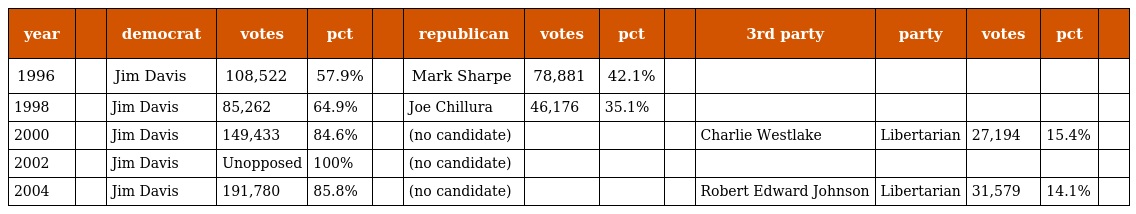
| year |  | democrat | votes | pct |  | republican | votes | pct |  | 3rd party | party | votes | pct |  |
 | --- | --- | --- | --- | --- | --- | --- | --- | --- | --- | --- | --- | --- | --- | --- |
 | 1996 |  | Jim Davis | 108,522 | 57.9% |  | Mark Sharpe | 78,881 | 42.1% |  |  |  |  |  |  |
 | 1998 |  | Jim Davis | 85,262 | 64.9% |  | Joe Chillura | 46,176 | 35.1% |  |  |  |  |  |  |
 | 2000 |  | Jim Davis | 149,433 | 84.6% |  | (no candidate) |  |  |  | Charlie Westlake | Libertarian | 27,194 | 15.4% |  |
 | 2002 |  | Jim Davis | Unopposed | 100% |  | (no candidate) |  |  |  |  |  |  |  |  |
 | 2004 |  | Jim Davis | 191,780 | 85.8% |  | (no candidate) |  |  |  | Robert Edward Johnson | Libertarian | 31,579 | 14.1% |  |